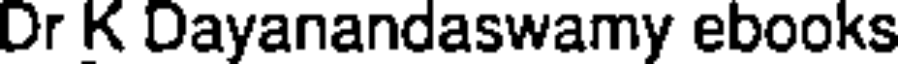
Dr K Dayanandaswamy ebooks